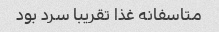
متاسفانه غذا تقریبا سرد بود